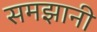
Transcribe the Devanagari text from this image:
समझानी